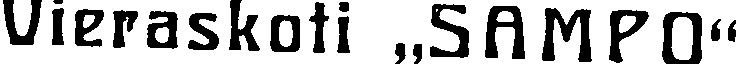
Vieraskoti ,,SAMPO''